Problem: 4 × 6 = ?
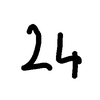
Handwritten answer: 24